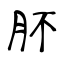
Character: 肧